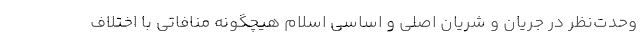
وحدت‌نظر در جریان و شریان اصلی و اساسی اسلام هیچگونه منافاتی با اختلاف